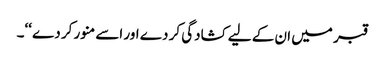
قبر میں ان کے لیے کشادگی کر دے اور اسے منور کر دے ‘‘۔